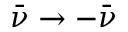
\bar { \nu } \to - \bar { \nu }